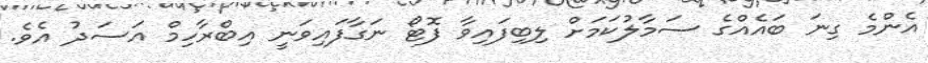
އެންމެ ގިނަ ބައެއްގެ ސަމާލުކަމަށް ލިބިފައިވާ ފޮޓޯ ނަގާފައިވަނީ އިބްރާހިމް އަސަދު އެވެ.